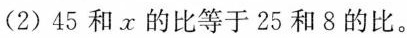
(2)45和x的比等于25和8的比。